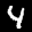
Label: 4